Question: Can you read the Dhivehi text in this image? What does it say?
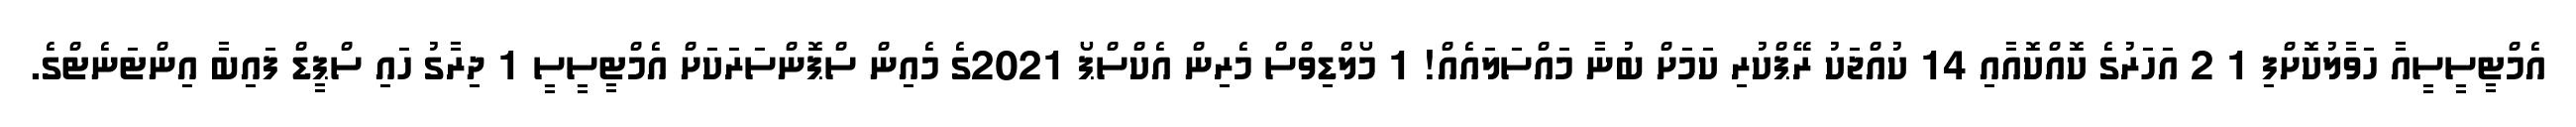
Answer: އެމްޓީސީސީއާ ހަވާލުކޮށްފި 1 2 އަހަރުގެ ކޮއްކޮއާއި 14 ކުއްޖަކު ރޭޕްކުރި ކަމަށް ބުނާ މައްސަލައެއް! 1 މޯލްޑިވްސް މެރިން އެކްސްޕޯ 2021ގެ މެއިން ސްޕޮންސަރަކަށް އެމްޓީސީސީ 1 ދިރާގު ހައި ސްޕީޑް ފައިބާ އިންޓަނެޓްގެ.